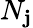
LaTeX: N_{\mathbf{j}}